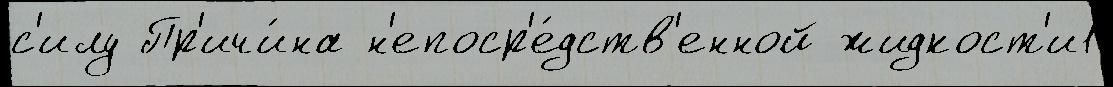
с'илу Пр'ичи́на н'епоср'е́дств'енной жидкост'и1